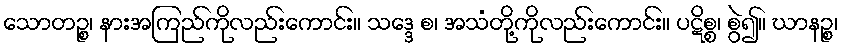
သောတဉ္စ၊ နားအကြည်ကိုလည်းကောင်း။ သဒ္ဒေ စ၊ အသံတို့ကိုလည်းကောင်း။ ပဋိစ္စ၊ စွဲ၍။ ဃာနဉ္စ၊